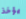
يؤخذ